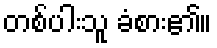
တစ်ပါးသူ ခံစား၏။